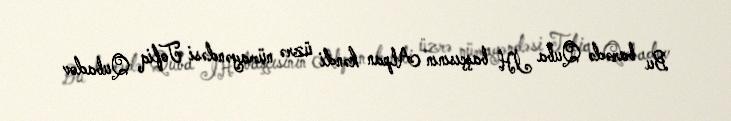
Bu barədə Quba İH başçısının Alpan kəndi üzrə nümayəndəsi Tofiq Qubadov